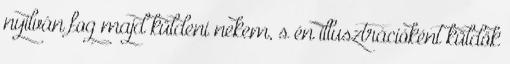
nyilván fog majd küldeni nekem, s én illusztrációként küldök